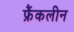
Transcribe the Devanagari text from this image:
फ्रैंकलीन